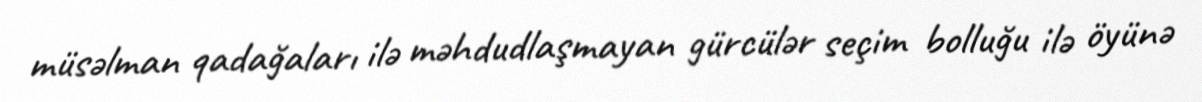
müsəlman qadağaları ilə məhdudlaşmayan gürcülər seçim bolluğu ilə öyünə